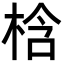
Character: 梒